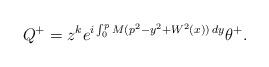
LaTeX: \begin{align*} Q^+=z^ke^{i\int _0^pM(p^2-y^2+W^2(x))\,dy}\theta^+.\end{align*}